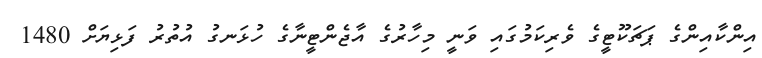
އިންކާއިންގެ ޕަޗަކޫޓީގެ ވެރިކަމުގައި ވަނީ މިހާރުގެ އާޖެންޓީނާގެ ހުޅަނގު އުތުރު ފަޅިޔަށް 1480